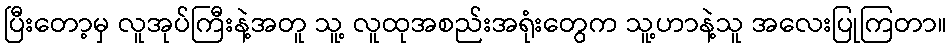
ပြီးတော့မှ လူအုပ်ကြီးနဲ့အတူ သူ့ လူထုအစည်းအရုံးတွေက သူ့ဟာနဲ့သူ အလေးပြုကြတာ။